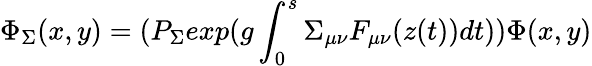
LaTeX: \Phi_{\Sigma}(x,y)=(P_{\Sigma}exp(g\int_{0}^{s}\Sigma_{\mu\nu}F_{\mu\nu}(z(t))dt))\Phi(x,y)